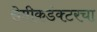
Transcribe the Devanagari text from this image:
सेमीकडंक्टरचा